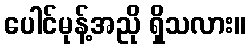
ပေါင်မုန့်အညို ရှိသလား။